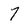
Character: 7